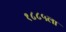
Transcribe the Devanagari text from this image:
१८८५ला